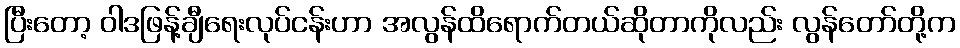
ပြီးတော့ ဝါဒဖြန့်ချီရေးလုပ်ငန်းဟာ အလွန်ထိရောက်တယ်ဆိုတာကိုလည်း လွန်တော်တို့က